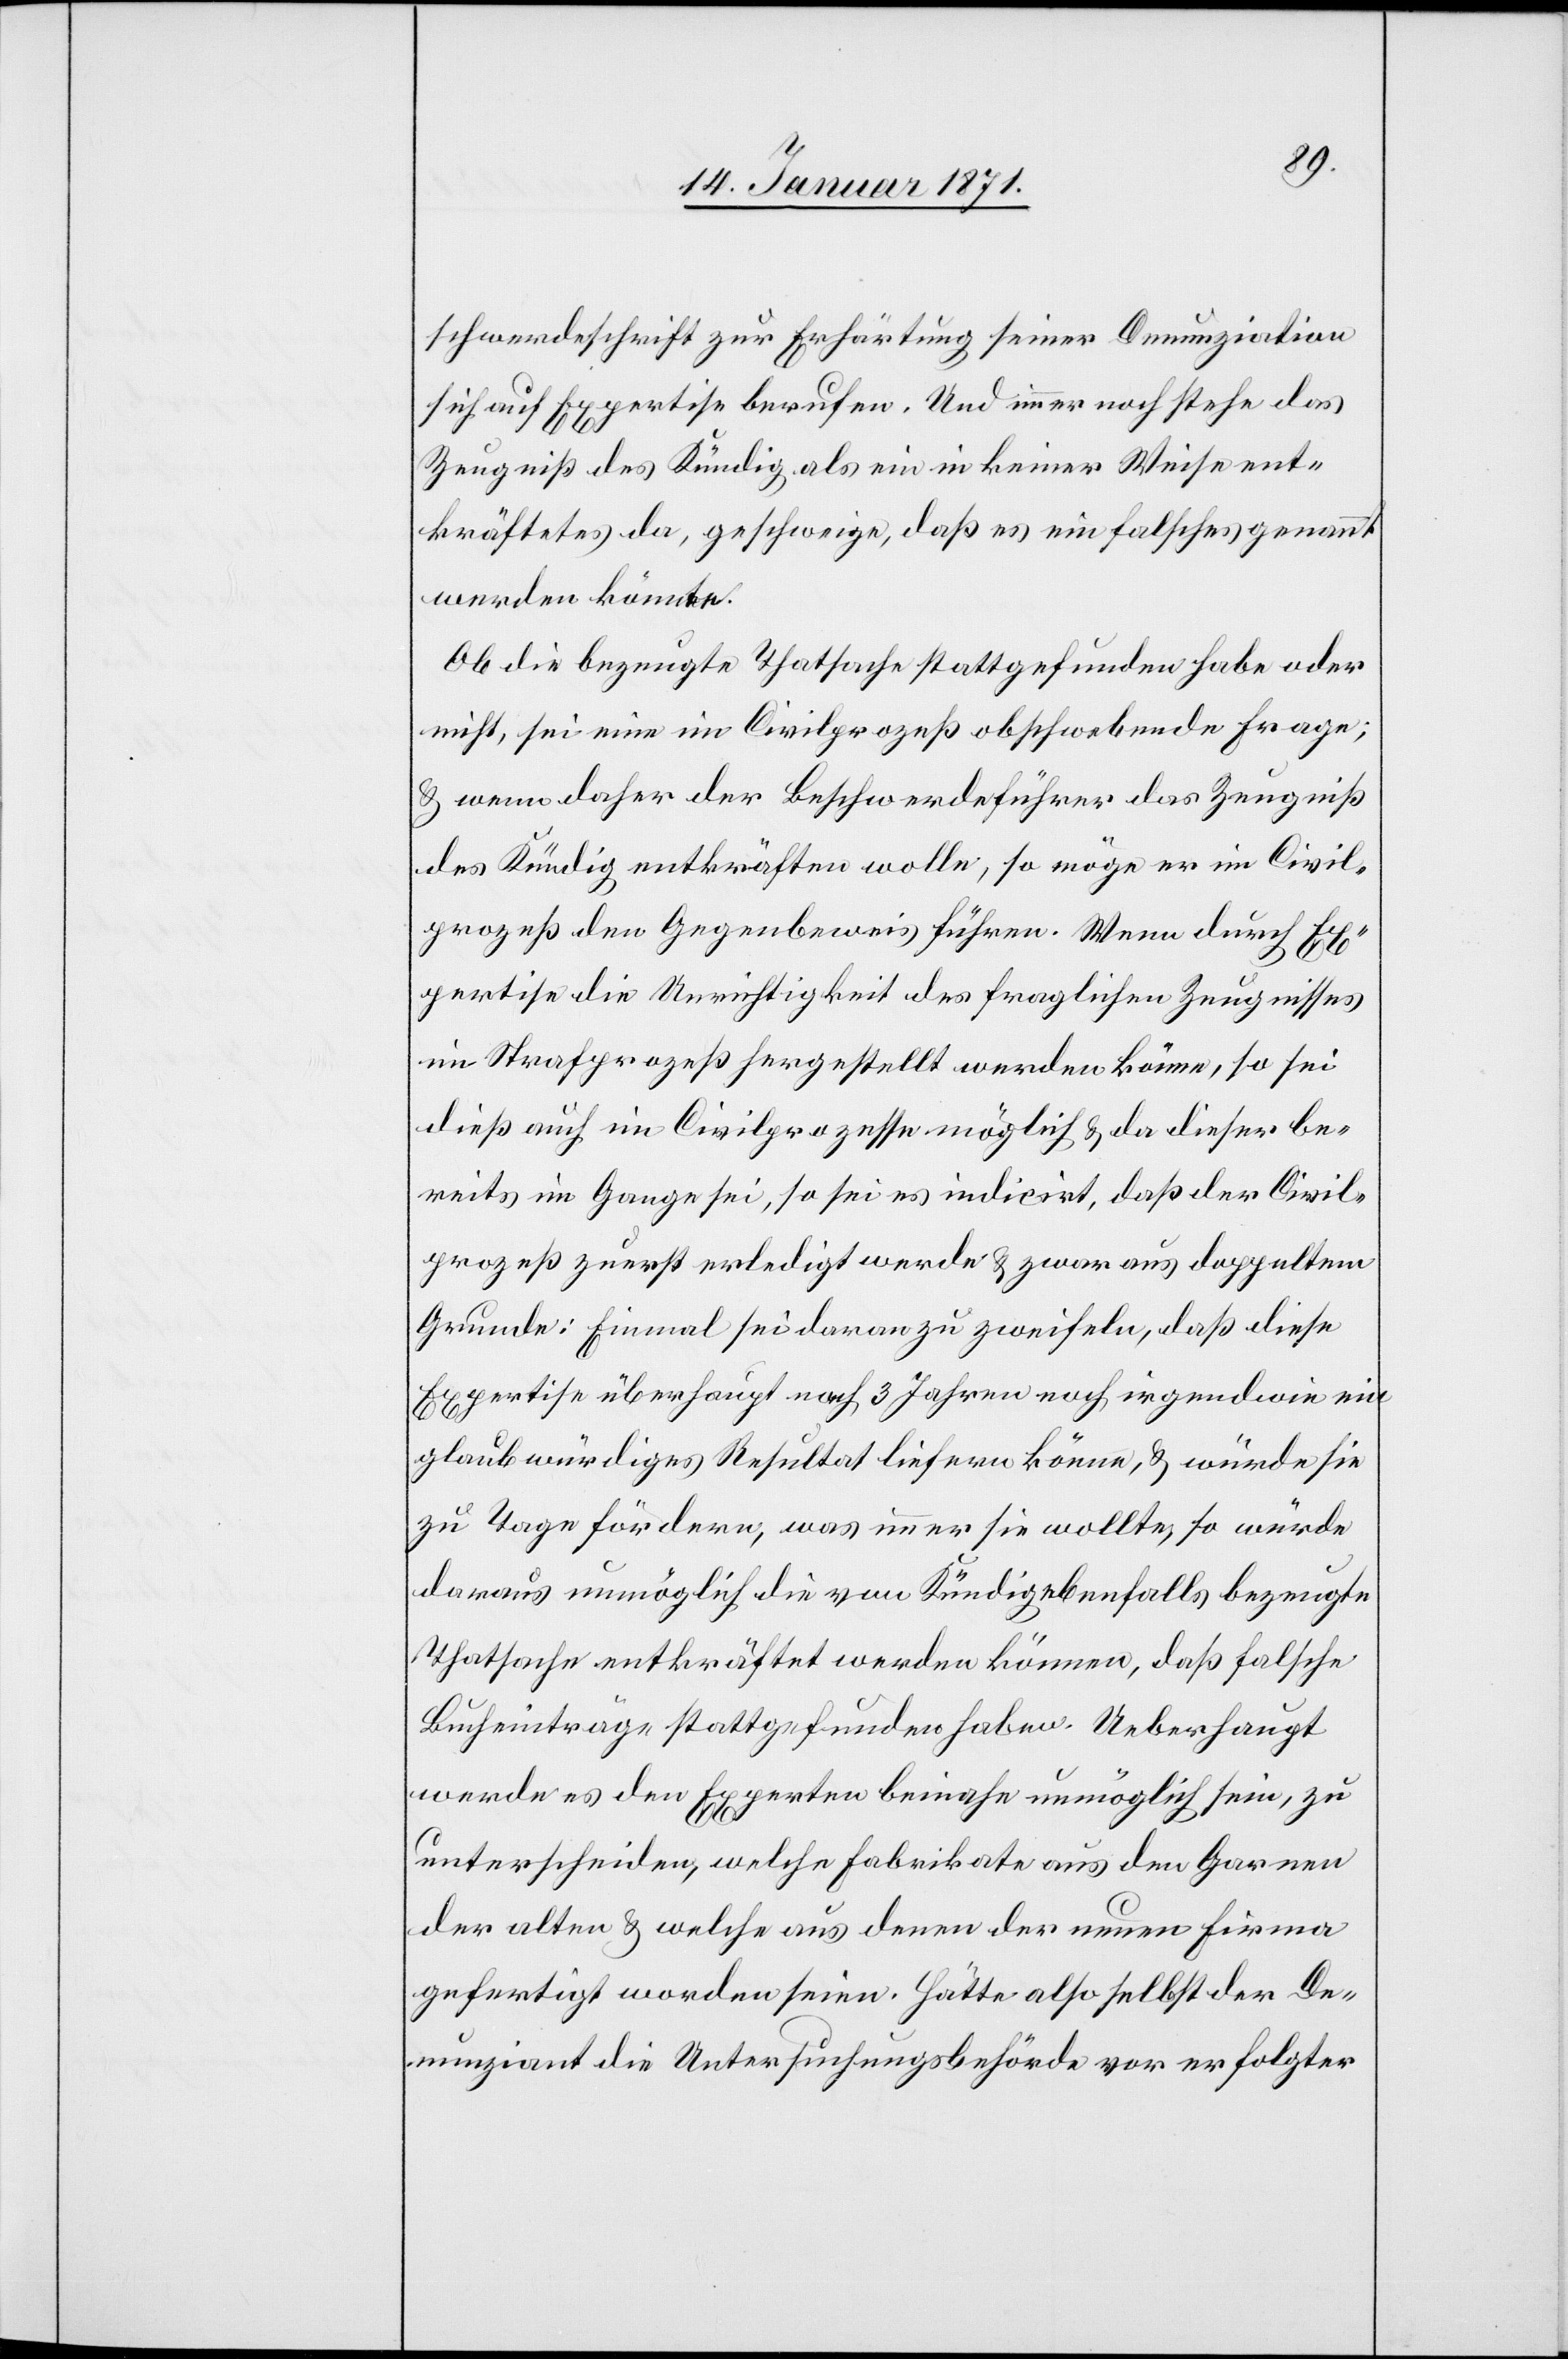
schwerdeschrift zur Erhärtung seiner Denunziation
sich auf Expertise berufen. Und immer noch stehe das
Zeugniß des Kündig als ein in keiner Weise ent¬
kräftetes da, geschweige, daß es ein falsches genannt
werden könnte.
Ob die bezeugte Thatsache stattgefunden habe oder
nicht, sei eine im Civilprozeß obschwebende Frage;
u. wenn daher der Beschwerdeführer das Zeugniß
des Kündig entkräften wolle, so möge er im Civil¬
prozeß den Gegenbeweis führen. Wenn durch Ex¬
pertise die Unrichtigkeit des fraglichen Zeugnisses
im Strafprozeß hergestellt werden könne, so sei
dieß auch im Civilprozesse möglich u. da dieser be¬
reits im Gange sei, so sei es indicirt, daß der Civil¬
prozeß zuerst erledigt werde u. zwar aus doppeltem
Grunde: Einmal sei daran zu zweifeln, daß diese
Expertise überhaupt nach 3 Jahren noch irgendwie ein
glaubwürdiges Resultat liefern könne, u. würde sie
zu Tage fördern, was immer sie wollte, so würde
daraus unmöglich die von Kündig ebenfalls bezeugte
Thatsache entkräftet werden können, daß falsche
Bucheinträge stattgefunden haben. Ueberhaupt
werde es den Experten beinahe unmöglich sein, zu
unterscheiden, welche Fabrikate aus den Garnen
der alten u. welche aus denen der neuen Firma
gefertigt worden seien. Hätte also selbst der De¬
nunziant die Untersuchungsbehörde vor erfolgter